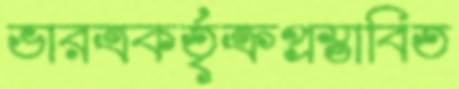
ভারত্রকর্তৃক্রপ্রস্তাবিত